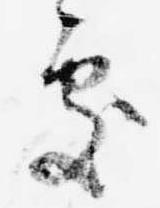
処